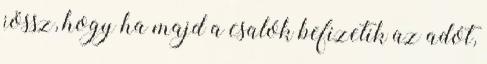
jössz, hogy ha majd a csalók befizetik az adót,